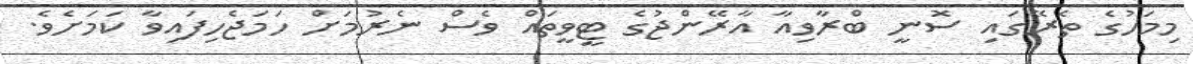
މިމަހުގެ ތެރޭގައި ސޮނީ ބްރާވިއާ އާރޭންޖުގެ ޓީވީތައް ވެސް ނެރުމަށް ހަމަޖެހިފައިވާ ކަމަށެވެ.